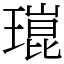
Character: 𤨾